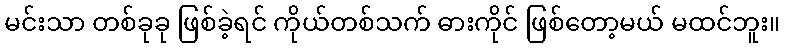
မင်းသာ တစ်ခုခု ဖြစ်ခဲ့ရင် ကိုယ်တစ်သက် ဓားကိုင် ဖြစ်တော့မယ် မထင်ဘူး။